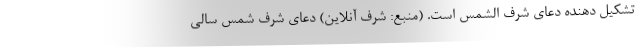
تشکیل دهنده دعای شرف الشمس است. (منبع: شرف آنلاین) دعای شرف شمس سالی